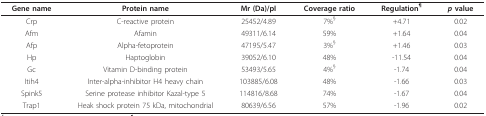
<table><thead><tr><td><b>Gene name</b></td><td><b>Protein name</b></td><td><b>Mr (Da)/pI</b></td><td><b>Coverage ratio</b></td><td><b>Regulation<sup>¶</sup></b></td><td><b><i>p </i>value</b></td></tr></thead><tbody><tr><td>Crp</td><td>C-reactive protein</td><td>25452/4.89</td><td>7%<sup>§</sup></td><td>+4.71</td><td>0.02</td></tr><tr><td>Afm</td><td>Afamin</td><td>49311/6.14</td><td>59%</td><td>+1.64</td><td>0.04</td></tr><tr><td>Afp</td><td>Alpha-fetoprotein</td><td>47195/5.47</td><td>3%<sup>§</sup></td><td>+1.46</td><td>0.03</td></tr><tr><td>Hp</td><td>Haptoglobin</td><td>39052/6.10</td><td>48%</td><td>-11.54</td><td>0.04</td></tr><tr><td>Gc</td><td>Vitamin D-binding protein</td><td>53493/5.65</td><td>4%<sup>§</sup></td><td>-1.74</td><td>0.04</td></tr><tr><td>Itih4</td><td>Inter-alpha-inhibitor H4 heavy chain</td><td>103885/6.08</td><td>48%</td><td>-1.66</td><td>0.03</td></tr><tr><td>Spink5</td><td>Serine protease inhibitor Kazal-type 5</td><td>114816/8.68</td><td>74%</td><td>-1.67</td><td>0.04</td></tr><tr><td>Trap1</td><td>Heak shock protein 75 kDa, mitochondrial</td><td>80639/6.56</td><td>57%</td><td>-1.96</td><td>0.02</td></tr></tbody></table>